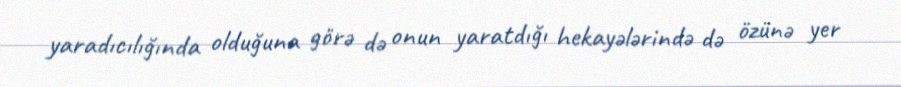
yaradıcılığında olduğuna görə də onun yaratdığı hekayələrində də özünə yer